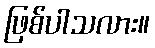
ဖြစ်ပါသလား။